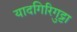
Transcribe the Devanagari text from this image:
यादगिरिगुट्टा